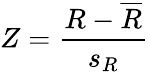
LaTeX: Z=\frac{R-\overline{{R}}}{s_{R}}